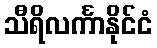
သီရိလင်္ကာနိုင်ငံ